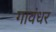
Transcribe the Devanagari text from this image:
गावंधर